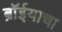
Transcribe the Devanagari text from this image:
ब्रॉईयाचा